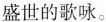
盛世的歌咏。